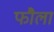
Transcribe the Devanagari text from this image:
फौला